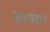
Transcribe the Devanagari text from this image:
समलंबाभ